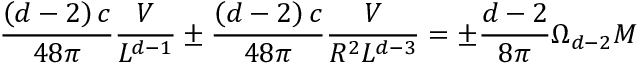
\frac { \left( d - 2 \right) c } { 4 8 \pi } \frac { V } { L ^ { d - 1 } } \pm \frac { \left( d - 2 \right) c } { 4 8 \pi } \frac { V } { R ^ { 2 } L ^ { d - 3 } } = \pm \frac { d - 2 } { 8 \pi } \Omega _ { d - 2 } M